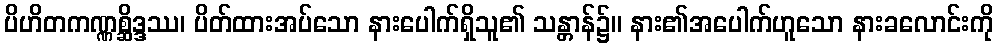
ပိဟိတကဏ္ဏစ္ဆိဒ္ဒဿ၊ ပိတ်ထားအပ်သော နားပေါက်ရှိသူ၏ သန္တာန်၌။ နား၏အပေါက်ဟူသော နားခလောင်းကို